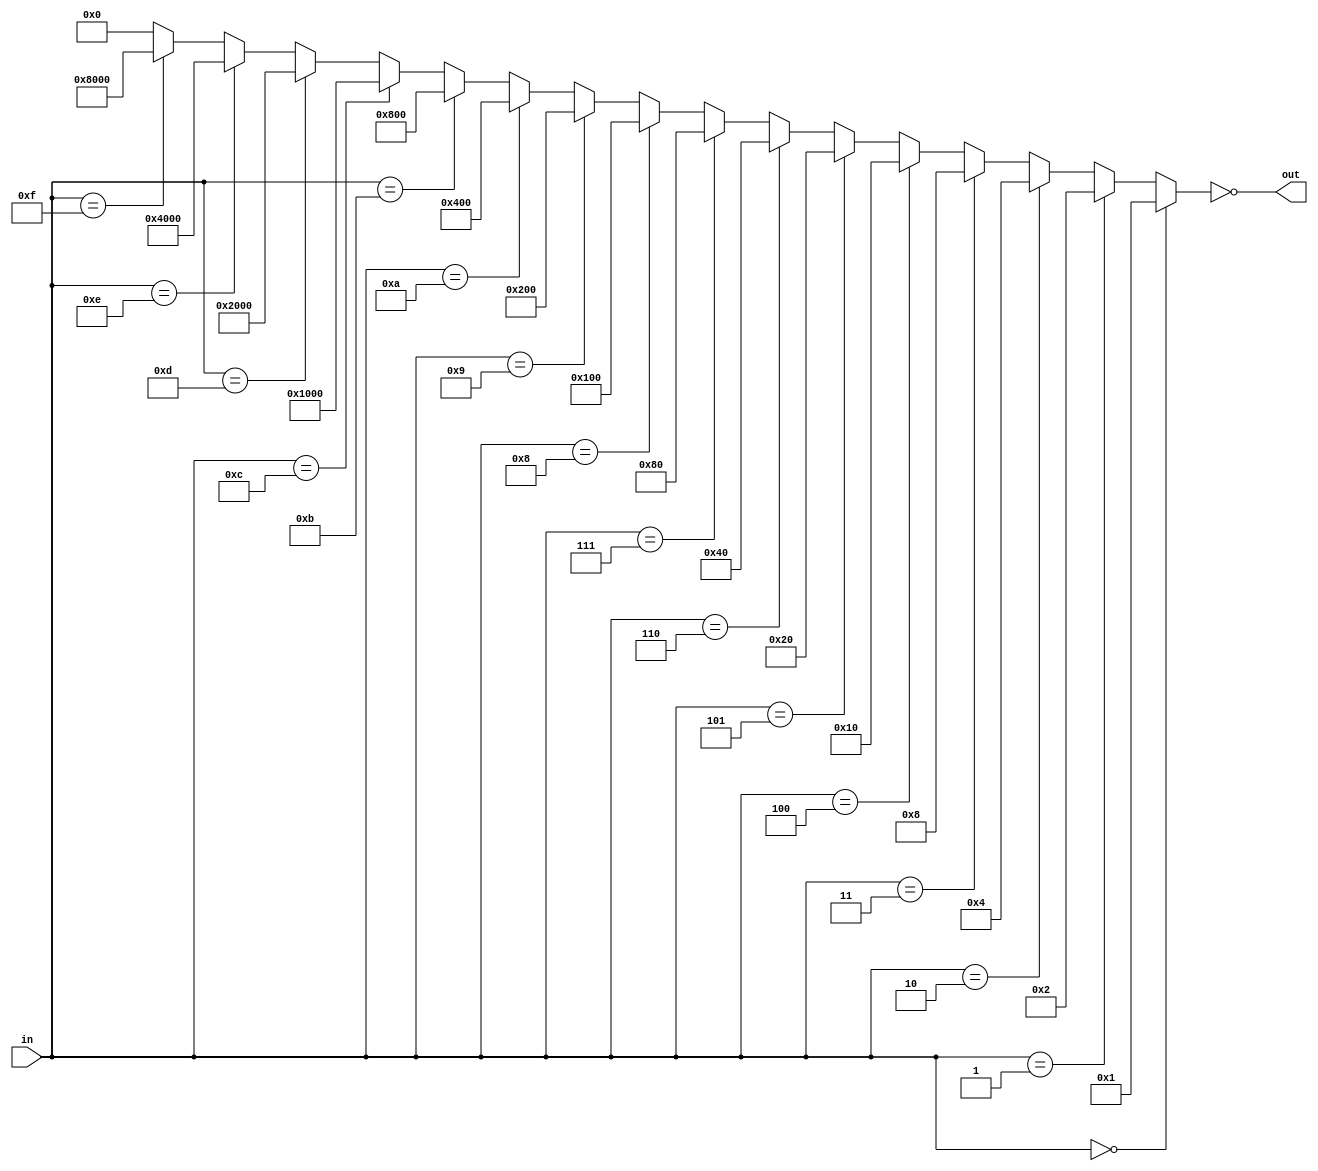
module decoder (
	input [3:0] in,
	output [15:0] out
);
	wire [15:0] nout;
	assign nout = (in == 4'b0000) ? 16'b0000000000000001 :
                 (in == 4'b0001) ? 16'b0000000000000010 :
                 (in == 4'b0010) ? 16'b0000000000000100 :
                 (in == 4'b0011) ? 16'b0000000000001000 :
                 (in == 4'b0100) ? 16'b0000000000010000 :
                 (in == 4'b0101) ? 16'b0000000000100000 :
                 (in == 4'b0110) ? 16'b0000000001000000 :
                 (in == 4'b0111) ? 16'b0000000010000000 :
                 (in == 4'b1000) ? 16'b0000000100000000 :
                 (in == 4'b1001) ? 16'b0000001000000000 :
                 (in == 4'b1010) ? 16'b0000010000000000 :
                 (in == 4'b1011) ? 16'b0000100000000000 :
                 (in == 4'b1100) ? 16'b0001000000000000 :
                 (in == 4'b1101) ? 16'b0010000000000000 :
                 (in == 4'b1110) ? 16'b0100000000000000 :
                 (in == 4'b1111) ? 16'b1000000000000000 : 16'b0000000000000000;
    assign out = ~nout;
endmodule